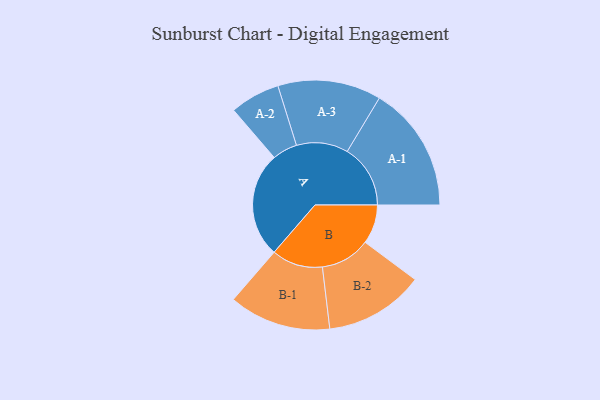
{"axis": {"x": "Segment", "y": "Value"}, "legend": ["", "A", "B"], "data": [{"x": "A", "y": 489, "type": ""}, {"x": "B", "y": 182, "type": ""}, {"x": "A-1", "y": 293, "type": "A"}, {"x": "A-2", "y": 116, "type": "A"}, {"x": "A-3", "y": 240, "type": "A"}, {"x": "B-1", "y": 237, "type": "B"}, {"x": "B-2", "y": 231, "type": "B"}]}